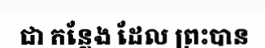
ជា កន្លែង ដែល ព្រះបាន